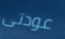
عودتى